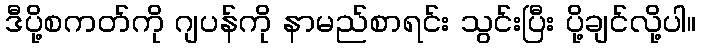
ဒီပို့စကတ်ကို ဂျပန်ကို နာမည်စာရင်း သွင်းပြီး ပို့ချင်လို့ပါ။